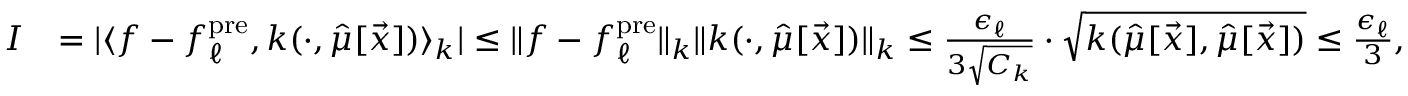
\begin{array} { r l } { I } & { = | \langle f - { f _ { \ell } ^ { \mathrm { p r e } } } , k ( \cdot , \hat { \mu } [ \vec { x } ] ) \rangle _ { k } | \leq \| f - { f _ { \ell } ^ { \mathrm { p r e } } } \| _ { k } \| k ( \cdot , \hat { \mu } [ \vec { x } ] ) \| _ { k } \leq \frac { \epsilon _ { \ell } } { 3 \sqrt { C _ { k } } } \cdot \sqrt { k ( \hat { \mu } [ \vec { x } ] , \hat { \mu } [ \vec { x } ] ) } \leq \frac { \epsilon _ { \ell } } { 3 } , } \end{array}